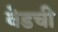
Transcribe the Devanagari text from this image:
वेडची